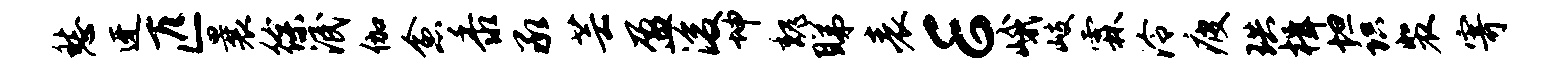
愁迓匹曩徐泯伽愈黍承芸盈浚坤魏睇表E峨岐霖泠疲珙楫坦识裴寄